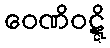
ဝေဏိဝဋ္ဋိ